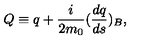
Q \equiv q + \frac { i } { 2 m _ { 0 } } ( \frac { d q } { d s } ) _ { B } ,